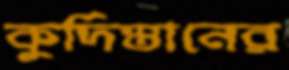
কুর্দিস্তানের